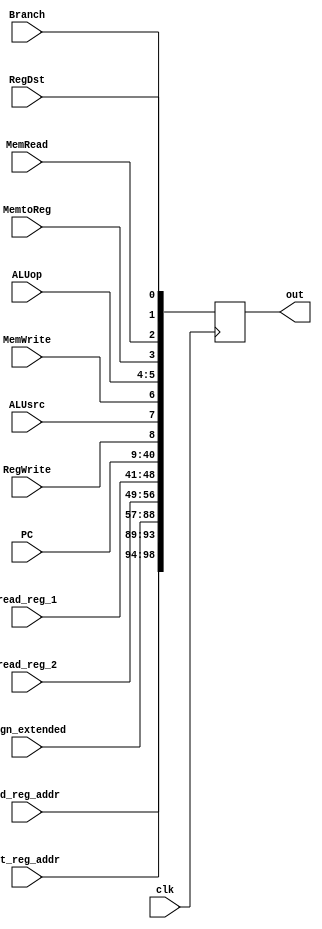
`timescale 1ns / 1ps

module ID_EX_reg(
    input clk,
    input RegDst,
    input Branch,
    input MemRead,
    input MemtoReg,
    input [1:0] ALUop,
    input MemWrite,
    input ALUsrc,
    input RegWrite,
    input [31:0] PC,
    input [7:0] read_reg_1, // read register 1 from register file. <rs> 
    input [7:0] read_reg_2, // read register 2 from register file <rt>
    input [31:0] sign_extended,
    input [4:0] rt_reg_addr,
    input [4:0] rd_reg_addr,
    output reg [98:0] out
);

    initial begin
    #2
        out = 0;
    end
    
// Write Operation
always @ (posedge clk) begin
    #2 // register file read latency simulation
    out = { rd_reg_addr, 
            rt_reg_addr, 
            sign_extended, 
            read_reg_2, 
            read_reg_1,
            PC,
            RegWrite,
            ALUsrc,
            MemWrite,
            ALUop,
            MemtoReg,
            MemRead,
            Branch,
            RegDst
           };
end
endmodule